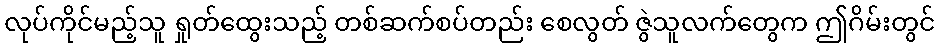
လုပ်ကိုင်မည့်သူ ရှုတ်ထွေးသည့် တစ်ဆက်စပ်တည်း စေလွတ် ဇွဲသူလက်တွေက ဤဂိမ်းတွင်